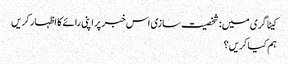
کیٹاگری میں : شخصیت سازی اس خبر پر اپنی رائے کا اظہار کریں
ہم کیا کریں؟